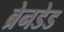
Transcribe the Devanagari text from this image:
ब्रेनडेड